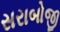
સરાબોજી